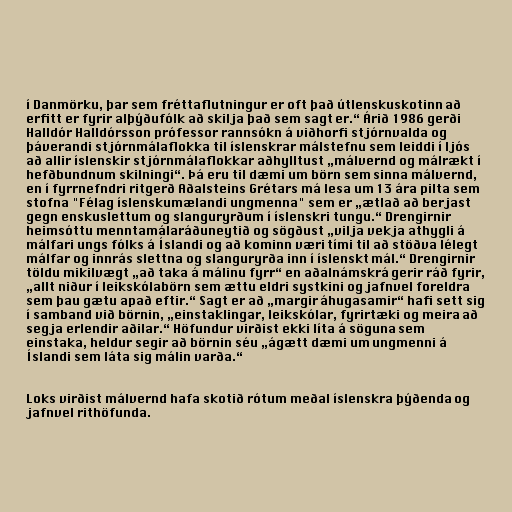
í Danmörku, þar sem fréttaflutningur er oft það útlenskuskotinn að
erfitt er fyrir alþýðufólk að skilja það sem sagt er.“ Árið 1986 gerði
Halldór Halldórsson prófessor rannsókn á viðhorfi stjórnvalda og
þáverandi stjórnmálaflokka til íslenskrar málstefnu sem leiddi í ljós
að allir íslenskir stjórnmálaflokkar aðhylltust „málvernd og málrækt í
hefðbundnum skilningi“. Þá eru til dæmi um börn sem sinna málvernd,
en í fyrrnefndri ritgerð Aðalsteins Grétars má lesa um 13 ára pilta sem
stofna "Félag íslenskumælandi ungmenna" sem er „ætlað að berjast
gegn enskuslettum og slanguryrðum í íslenskri tungu.“ Drengirnir
heimsóttu menntamálaráðuneytið og sögðust „vilja vekja athygli á
málfari ungs fólks á Íslandi og að kominn væri tími til að stöðva lélegt
málfar og innrás slettna og slanguryrða inn í íslenskt mál.“ Drengirnir
töldu mikilvægt „að taka á málinu fyrr“ en aðalnámskrá gerir ráð fyrir,
„allt niður í leikskólabörn sem ættu eldri systkini og jafnvel foreldra
sem þau gætu apað eftir.“ Sagt er að „margir áhugasamir“ hafi sett sig
í samband við börnin, „einstaklingar, leikskólar, fyrirtæki og meira að
segja erlendir aðilar.“ Höfundur virðist ekki líta á söguna sem
einstaka, heldur segir að börnin séu „ágætt dæmi um ungmenni á
Íslandi sem láta sig málin varða.“

Loks virðist málvernd hafa skotið rótum meðal íslenskra þýðenda og
jafnvel rithöfunda.